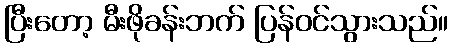
ပြီးတော့ မီးဖိုခန်းဘက် ပြန်ဝင်သွားသည်။